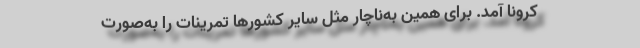
کرونا آمد. برای همین به‌ناچار مثل سایر کشورها تمرینات را به‌صورت